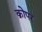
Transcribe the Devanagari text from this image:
क्रोपर